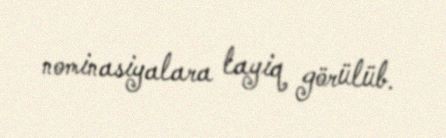
nominasiyalara layiq görülüb.